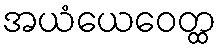
အယံယေဝေတ္ထ